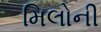
મિલોની